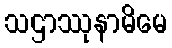
သဌာဿုနာမိမေ